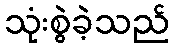
သုံးစွဲခဲ့သည်